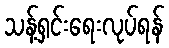
သန့်ရှင်းရေးလုပ်ရန်